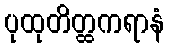
ပုထုတိတ္ထကရာနံ